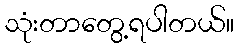
သုံးတာတွေ့ရပါတယ်။